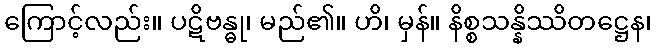
ကြောင့်လည်း။ ပဋိဗန္ဓု၊ မည်၏။ ဟိ၊ မှန်။ နိစ္စသန္နိဿိတဋ္ဌေန၊